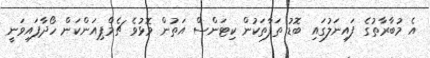
އެ މުބާރާތުގެ ފައިނަލުގައި ބޮޑު ތަފާތަކުން ކިޓަންސް އަތުން މޮޅުވެ ޗެމްޕިއަންކަން ހޯދާފައިވަނީ